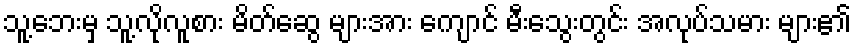
သူ့ဘေးမှ သူ့လိုလူစား မိတ်ဆွေ များအား ကျောင် မီးသွေးတွင်း အလုပ်သမား များ၏